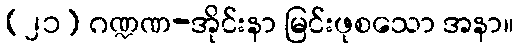
(၂၁) ဂဏ္ဍဏ-အိုင်းနာ မြင်းဖုစသော အနာ။